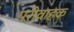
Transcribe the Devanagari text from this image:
परीवाहक